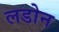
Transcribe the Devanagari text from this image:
लडोन